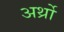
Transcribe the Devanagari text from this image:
अर्थ्रो